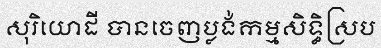
សុរិយោដី បានចេញប្លង់កម្មសិទ្ធិស្រប